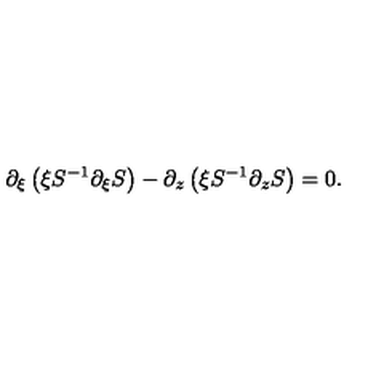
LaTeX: \partial _ { \xi } \left( \xi S ^ { - 1 } \partial _ { \xi } S \right) - \partial _ { z } \left( \xi S ^ { - 1 } \partial _ { z } S \right) = 0 .